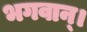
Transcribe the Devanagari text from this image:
भगवान्‌।